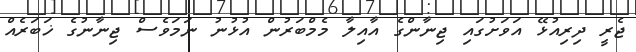
ޖެރީ ދިރިއުޅޭ އަވަށުގައި ޖިނާންގެ އާއިލާ މެމްބަރުން އުޅުނު ނަމަވެސް ޖިނާނުގެ ޚަބަރެއް